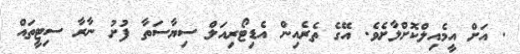
@. އަށް އީމެއިލްކޮށްލާށެވެ. އޭގެ ތެރެއިން އެޑިޓޯރިއަލް ސިޔާސަތާ ފުށު ނާރާ ސިޓީތައް